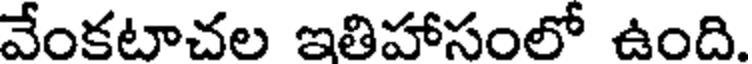
వేంకటాచల ఇతిహాసంలో ఉంది.